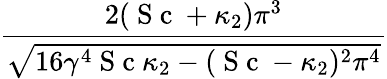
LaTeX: \frac{2(\mathrm{~S~c~}+\kappa_{2})\pi^{3}}{\sqrt{16\gamma^{4}\mathrm{~S~c~}\kappa_{2}-(\mathrm{~S~c~}-\kappa_{2})^{2}\pi^{4}}}